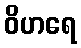
ဝိဟရေ